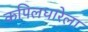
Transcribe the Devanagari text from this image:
कपिलधारेला